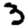
Digit: 3